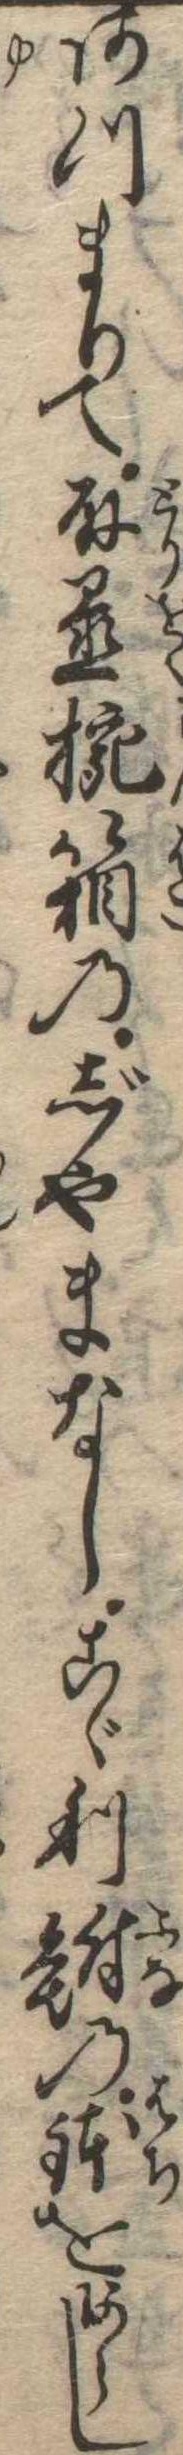
あつまりて取置椀箱のじやまなしこゞり鮒の鉢をあらし